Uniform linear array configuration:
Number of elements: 24
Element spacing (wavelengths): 0.25
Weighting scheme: uniform
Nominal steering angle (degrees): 45
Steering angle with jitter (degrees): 44.079
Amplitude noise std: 0.05
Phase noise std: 0.05

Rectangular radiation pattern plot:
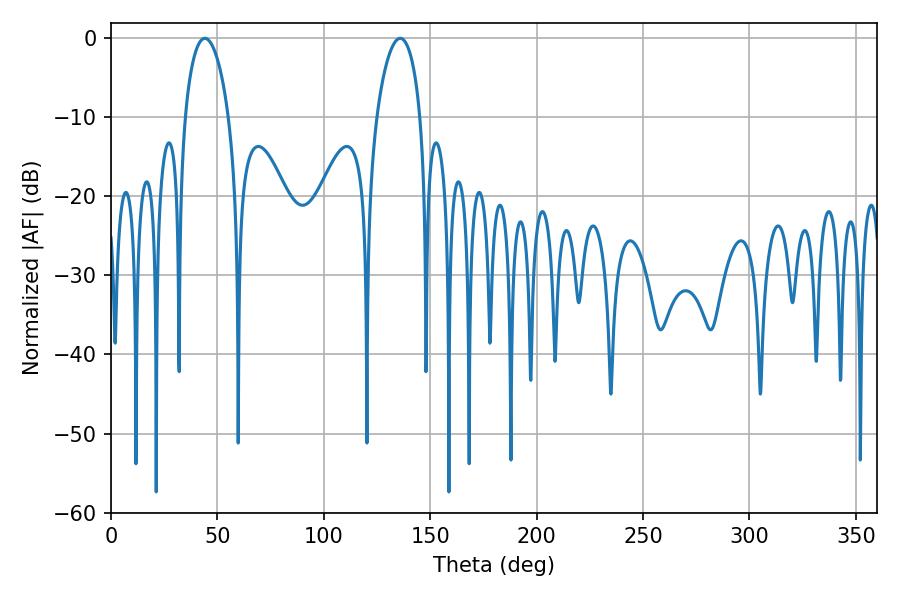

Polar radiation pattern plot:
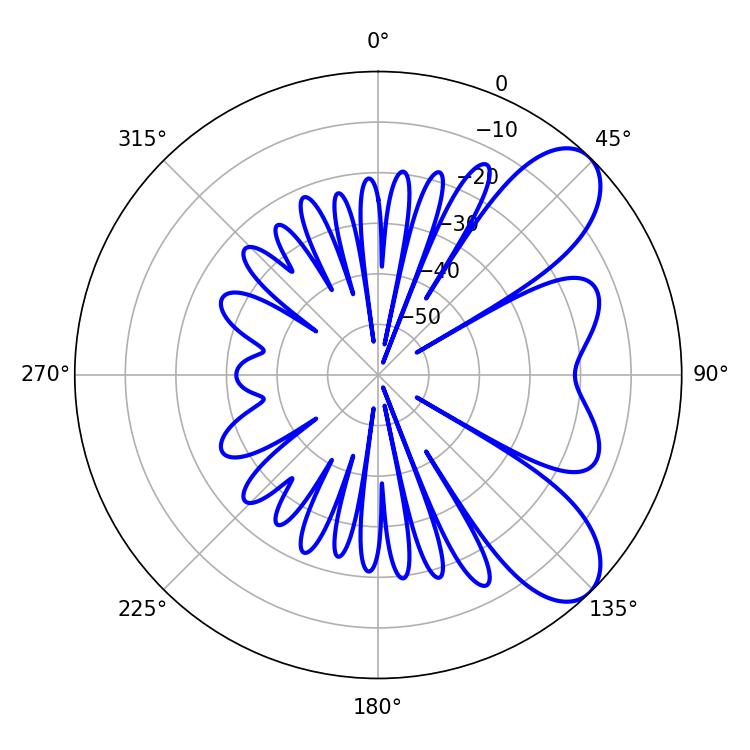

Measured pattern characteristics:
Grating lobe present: FALSE
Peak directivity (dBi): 7.926
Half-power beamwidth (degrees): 11.7
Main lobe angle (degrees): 44.1